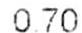
0.70